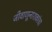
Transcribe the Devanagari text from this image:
जीवाणूनाशकांचा